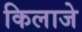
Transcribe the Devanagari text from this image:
किलाजे